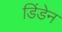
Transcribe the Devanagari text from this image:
डिंडेन